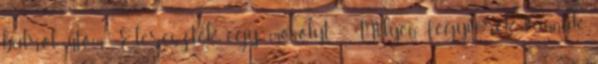
balról ütöm. Eleresztek egy mosolyt. - Milyen fegyverek vannak